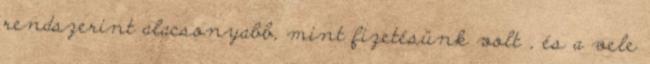
rendszerint alacsonyabb, mint fizetésünk volt , és a vele